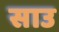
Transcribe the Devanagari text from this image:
साउ